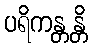
ပရိကန္တန္တိ